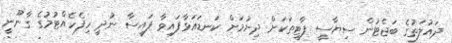
ދައުލަތުގެ ބަޖެޓުން ސިޔާސީ ޕާޓީތަކަށް ދިނުމަށް ކަނޑައަޅާފައިވާ ފައިސާ ނުދީ ހިފެހެއްޓުމުގެ ގާނޫނީ